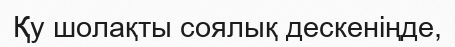
Қу шолақты соялық дескеніңде,